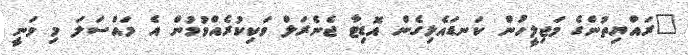
"ރައްޔިތުންގެ މަޖިލީހުން ކަނޑައެޅިގެން އޮޑިޓާ ޖެނެރަލް ވަކިކުރެއްވުމުން އެ މައްސަލަ މި ވަނީ